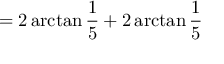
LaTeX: = 2 \arctan { \frac { 1 } { 5 } } + 2 \arctan { \frac { 1 } { 5 } }